Vaccination in Bombay 1913-1923 - 1913-1923
Year: 1913
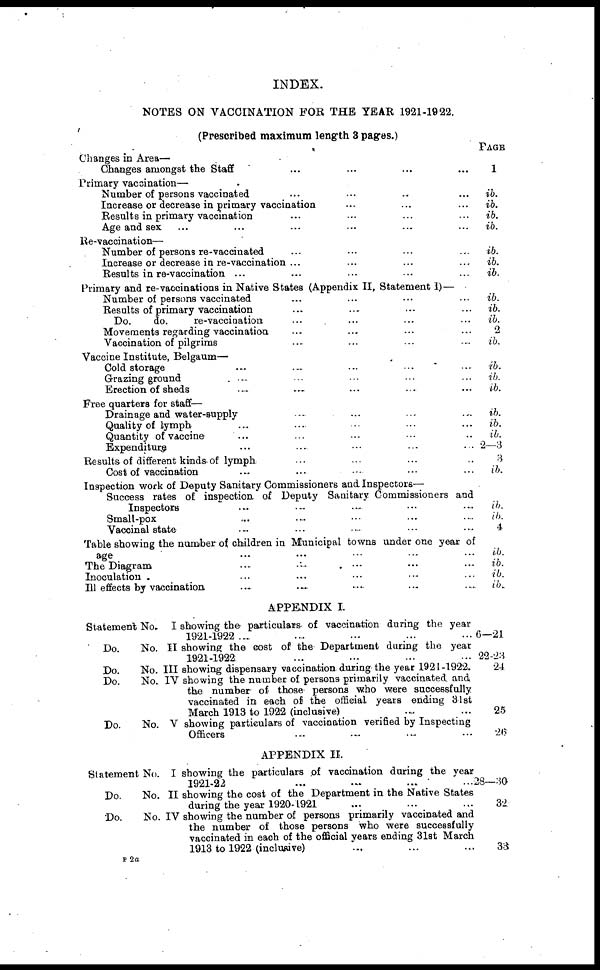
INDEX.
NOTES ON VACCINATION FOR THE YEAR 1921-1922.
(Prescribed maximum length 3 pages.)
Changes in Area—
Changes amongst the Staff ... ... ... ...
Primary vaccination—
Number of persons vaccinated ... ... ... ...
Increase or decrease in primary vaccination ... ... ...
Results in primary vaccination ... ... ... ...
Age and sex ... ... ... ... ... ...
Re-vaccination—
Number of persons re-vaccinated ... ... ... ...
Increase or decrease in re-vaccination ...
Results in re-vaccination ... ... ... ...
Primary and re-vaccinations in Native States (Appendix II, Statement I)—
Number of persons vaccinated ... ... ... ...
Results of primary vaccination ... ... ... ...
Do.
do.
re-vaccination ... ... ... ...
Movements regarding vaccination. ... ... ... ...
Vaccination of pilgrims ... ... ... ...
Vaccine Institute, Belgaum—
Cold storage ... ... ... ... ...
Grazing ground
... ... ... ... ...
Erection of sheds ... ... ... ... ...
Free quarters for staff—
Drainage and water-supply ... ... ... ...
Quality of lymph ... ... ... ... ...
Quantity of vaccine ... ... ... ... ...
Expenditure ... ... ... ... ...
Results of different kinds-of lymph ... ... ... ...
Cost of vaccination
...
...
... ... ...
Inspection work of Deputy Sanitary Commissioners and Inspectors—
Success rates of inspection of Deputy Sanitary Commissioners and
Inspectors ... ... ... ... ...
Small-pox ... ... ... ... ...
Vaccinal state ... ... ... ... ...
Table showing the number of children in Municipal towns under one year of
age ... ... ... ... ...
The Diagram ... ... ... ... ...
Inoculation ... ... ... ... ...
Ill effects by vaccination
... ... ... ... ...
APPENDIX I.
Statement No. I showing the- particulars- of vaccination during the year
1921-1922...
...
...
...
...
Do.
No. II showing the cost of the Department during the year
1921-1922
...
... ... ...
Do.
No. III showing dispensary vaccination during the year 1921-1922.
Do.
No. IV showing the number of persons primarily vaccinated and
the number of those persons who were successfully
vaccinated in each of the official years ending 31st
March 1913 to 1922 (inclusive) ... ...
Do.
No. V showing particulars of vaccination verified by Inspecting
Officers ... ... ... ...
APPENDIX II.
Statement No. I showing the particulars of vaccination during the year
1921-22
...
...
...
...
Do.
No. II showing the cost of the Department in the Native States
during the year 1920-1921 ... ... ...
Do.
No. IV showing the number of persons primarily vaccinated and
the number of those persons who were successfully
vaccinated in each of the official years ending 31st March
1913 to 1922 (inclusive) ... ... ...
PAGE
1
ib.
ib.
ib.
ib.
ib.
ib.
ib.
ib.
ib.
ib.
2
ib.
ib.
ib.
ib.
ib.
ib.
ib.
2—3
3
ib.
ib.
ib.
4
ib.
ib.
ib.
ib.
6—21
22-23
24
25
26
28—30
32
33
P 2a